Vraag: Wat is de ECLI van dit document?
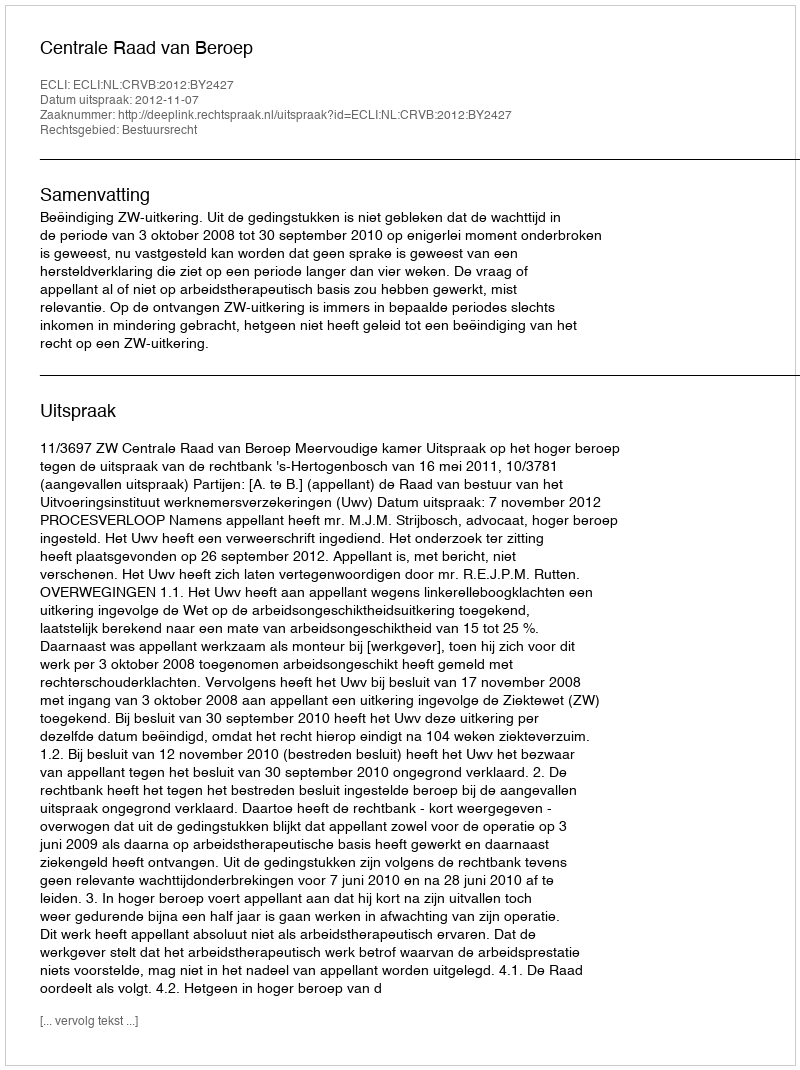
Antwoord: ECLI:NL:CRVB:2012:BY2427